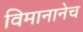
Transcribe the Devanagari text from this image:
विमानानेच